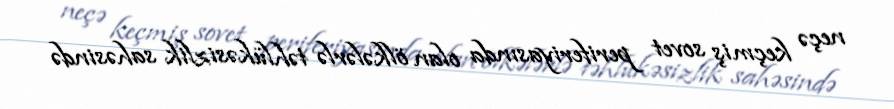
neçə keçmiş sovet periferiyasında olan ölkələrlə təhlükəsizlik sahəsində